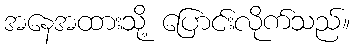
အနေအထားသို့ ပြောင်းလိုက်သည်။